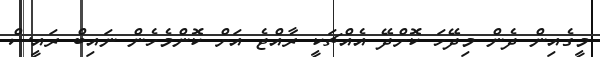
މީގެއިން ދެން މިދޭހަ ކޮށްދޭ އެއްޗަކީ ރާއްޖެ އަށް ކޮންމެހެން ނައިބް ރައީސް